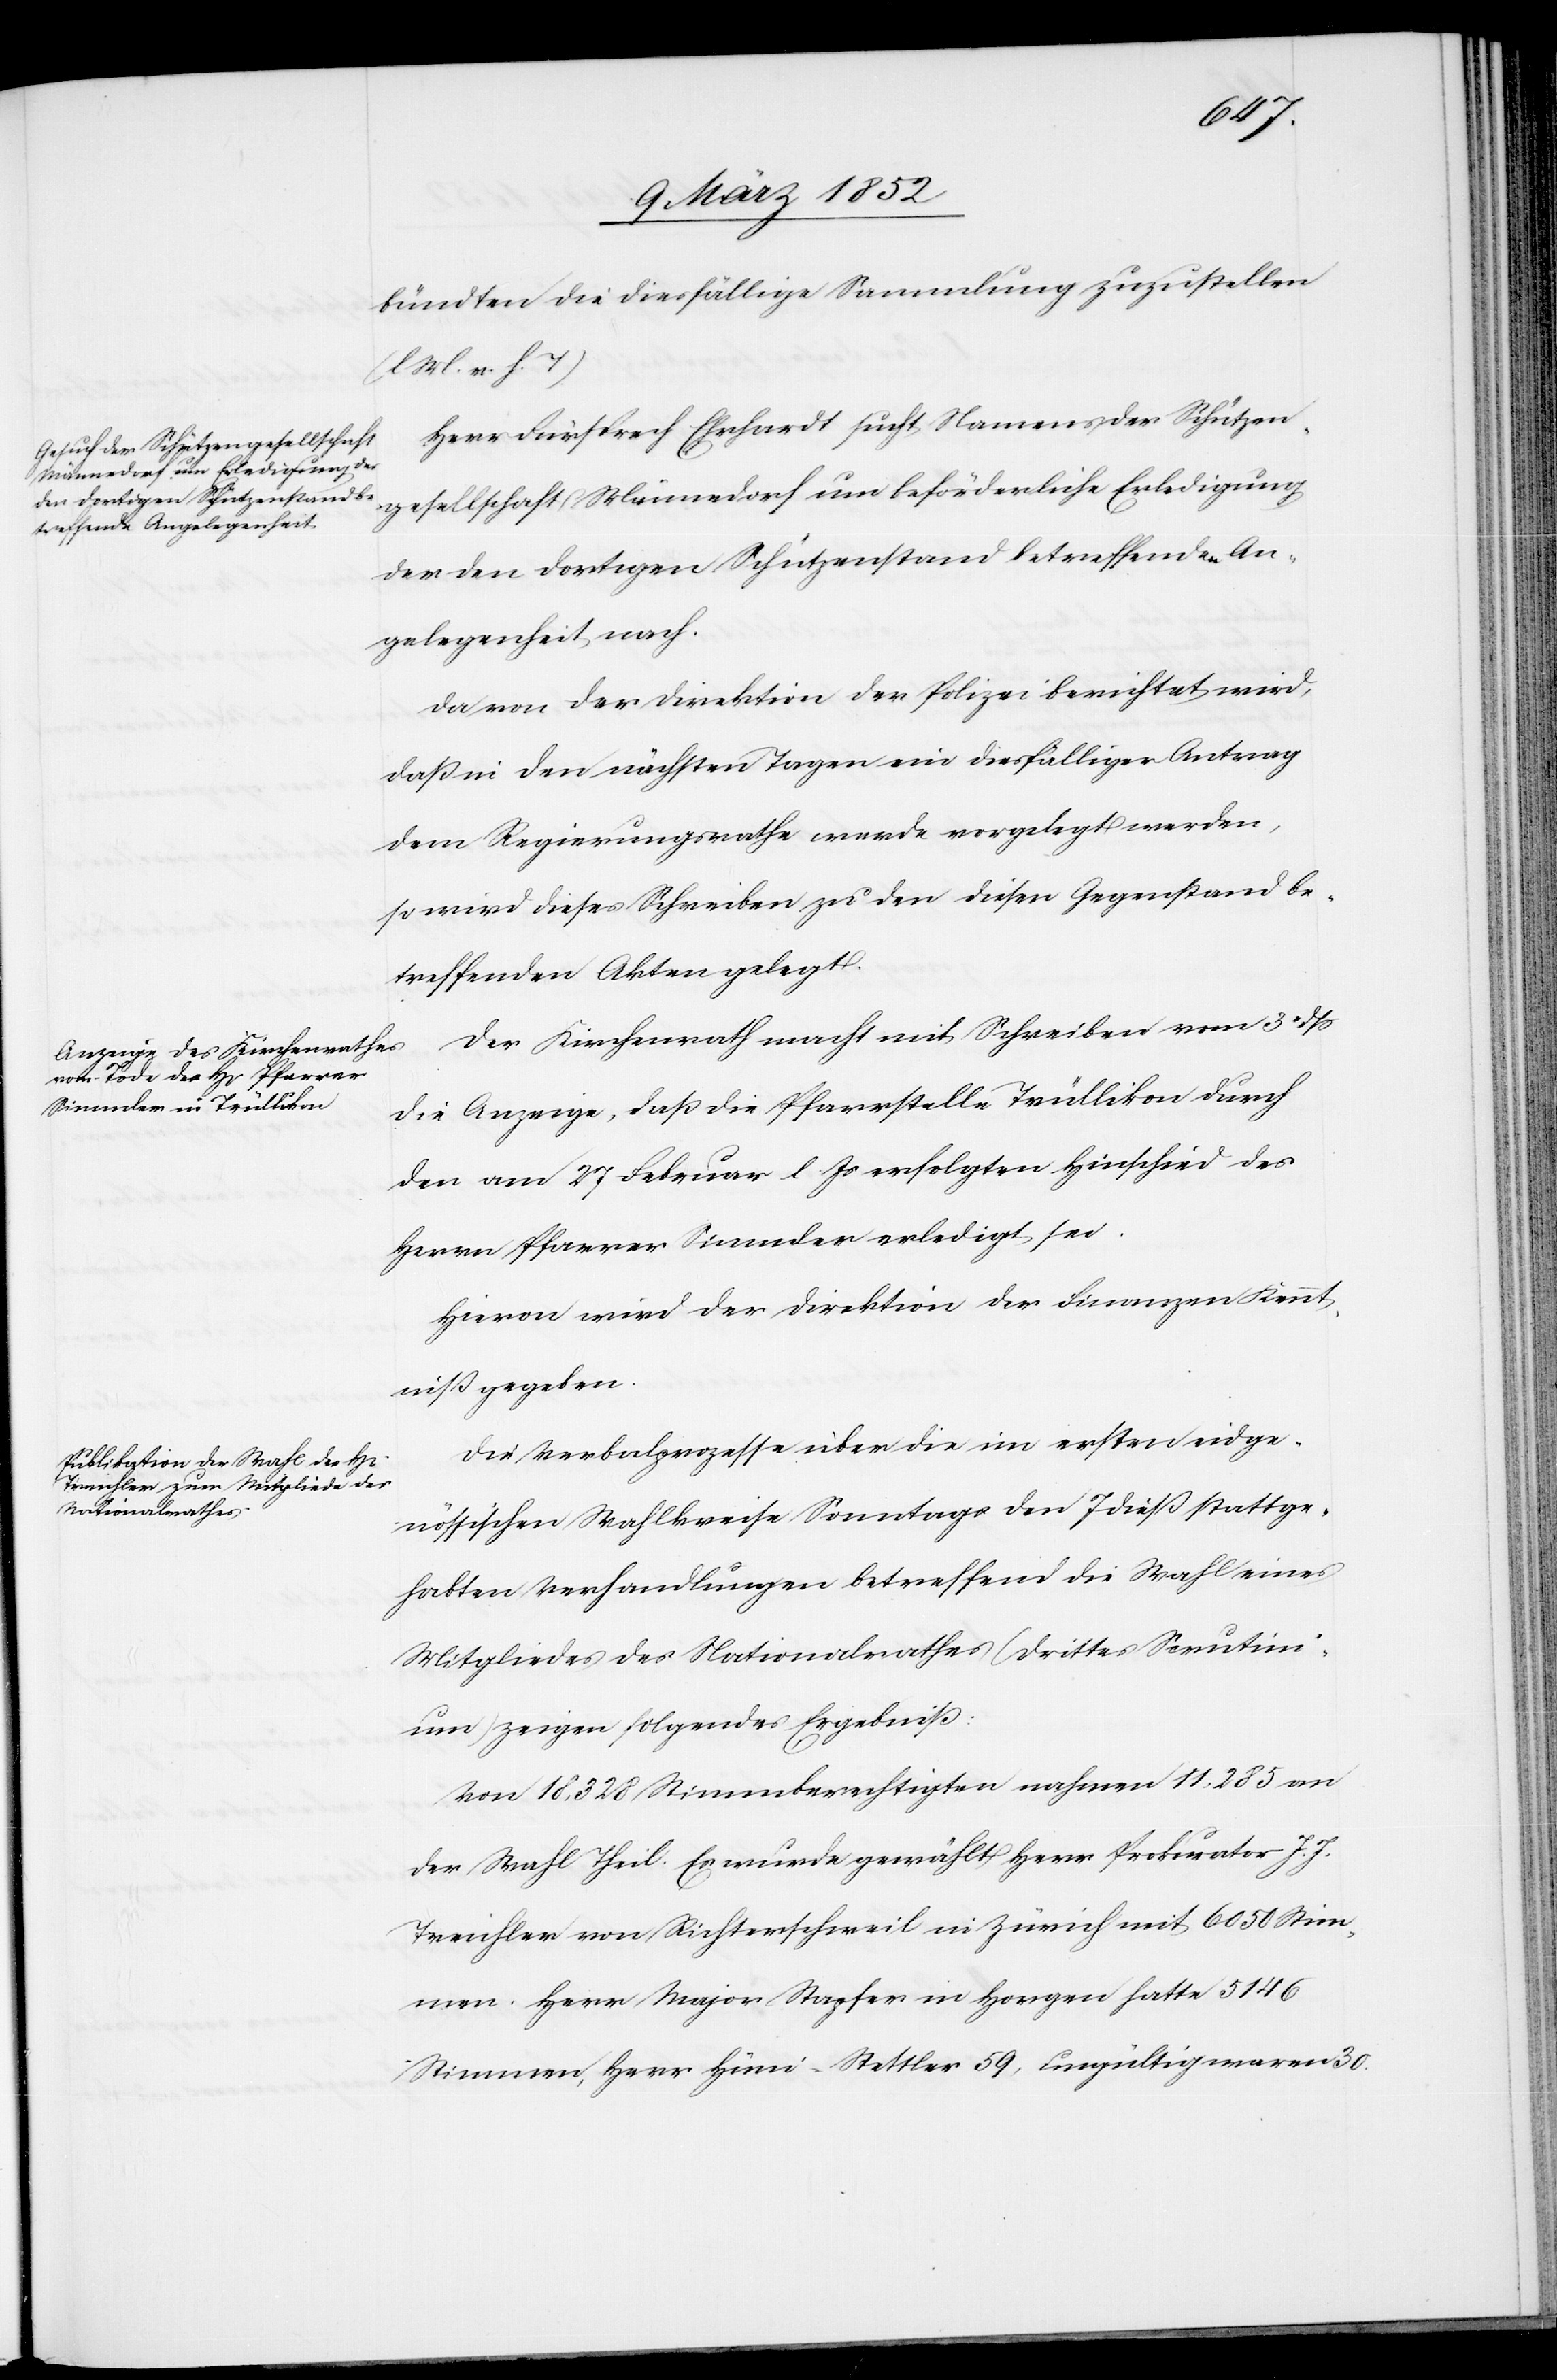
bündten die diesfällige Sammlung zuzustellen
(l M. v. h. T)[.]
Herr Fürsprech Ehrhardt sucht Namens der Schützen¬
gesellschaft Männedorf um beförderliche Erledigung
der den dortigen Schützenstand betreffenden An¬
gelegenheit nach.
Da von der Direktion der Polizei berichtet wird,
daß in den nächsten Tagen ein diesfälliger Antrag
dem Regierungsrathe werde vorgelegt werden,
so wird dieses Schreiben zu den diesen Gegenstand be¬
treffenden Akten gelegt.
Der Kirchenrath macht mit Schreiben vom 3t dß
die Anzeige, daß die Pfarrstelle Trüllikon durch
den am 27 Februar l. Js erfolgten Hinschied des
Herrn Pfarrer Simmler erledigt sei.
Hievon wird der Direktion der Finanzen Kennt¬
niß gegeben.
Die Verbalprozesse über die im ersten eidge¬
nössischen Wahlkreise Sonntags den 7 dieß stattge¬
habten Verhandlungen betreffend die Wahl eines
Mitgliedes des Nationalrathes (drittes Scrutini¬
um) zeigen folgendes Ergebniß:
Von 18,328 Stimmberechtigten nahmen 11,285 an
der Wahl Theil. Es wurde gewählt Herr Prokurator J. J.
Treichler von Richtersweil in Zürich mit 6050 Stim¬
men. Herr Major Stapfer in Horgen hatte 5146
Stimmen, Herr Hüni-Stettler 59, ungültig waren 30